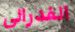
الفدرالي